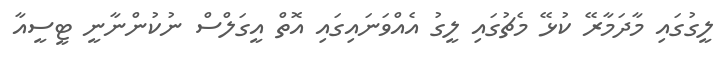
ލީގުގައި މާދަމާރޭ ކުޅޭ މެޗުގައި ލީގު އެއްވަނައިގައި އޮތް އީގަލްސް ނުކުންނާނީ ޓީސީއާ